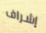
إشراف